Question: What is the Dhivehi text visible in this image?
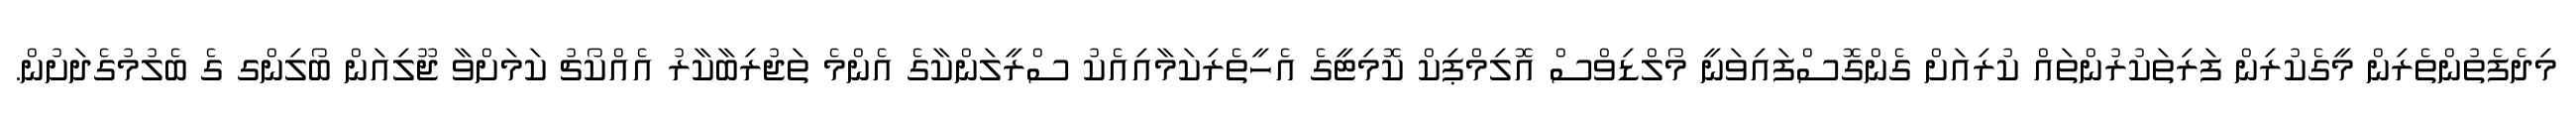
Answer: މިދެފެތުންތެރިން މީގެކުރިން ފަރިތަކުރުންތައް ކުރިއަށް ގެންގޮސްފައިވަނީ މޯލްޑިވްސް އޮލިމްޕިކް ކޮމިޓީގެ އެހީތެރިކަމާއިއެކު ސްރީލަންކާގެ އެންމެ ތަޖުރިބާކާރު އެއްކޯޗު ކަމަށްވާ ޖޫލިއަން ބޯލިންގ ގެ ބެލުމުގެދަށުން.